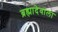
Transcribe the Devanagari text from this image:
ब्रह्मादेवाला